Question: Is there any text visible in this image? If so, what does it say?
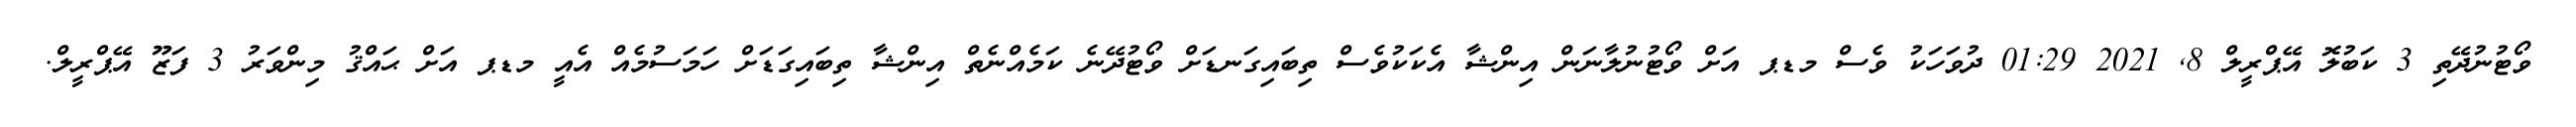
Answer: ވޯޓުނުދޭތި 3 ކަބުލޮ އޭޕްރީލް 8, 2021 01:29 ދުވަހަކު ވެސް މޑޕ އަށް ވޯޓުނުލާނަން އިންޝާ އެކަކުވެސް ތިބައިގަނޑަށް ވޯޓުދޭނެ ކަމެއްނެތް އިންޝާ ތިބައިގަޑަށް ހަމަސުމެއް އެއީ މޑޕ އަށް ޙައްޤު މިންވަރު 3 ފަޒޫ އޭޕްރީލް.